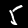
Digit: 5